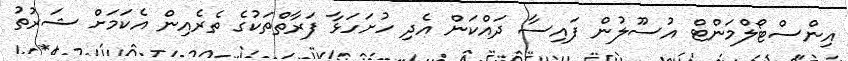
އިންސްޓޯލްމަންޓް އުސޫލުން ފައިސާ ދައްކަން އެދި ހުށަހަޅާ ފަރާތްތަކުގެ ތެރެއިން އެކަމަށް ޝަރުތު